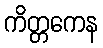
ကိတ္တကေန